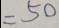
= 5 0